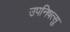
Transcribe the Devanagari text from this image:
उपनिषत्सु